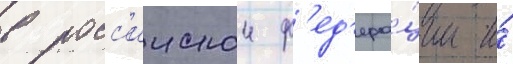
в росс'иискои ф'ед'ера́ции и́